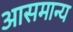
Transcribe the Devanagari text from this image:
आसमान्य